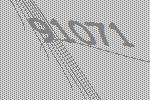
91071